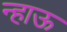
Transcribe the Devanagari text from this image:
न्हाऊ